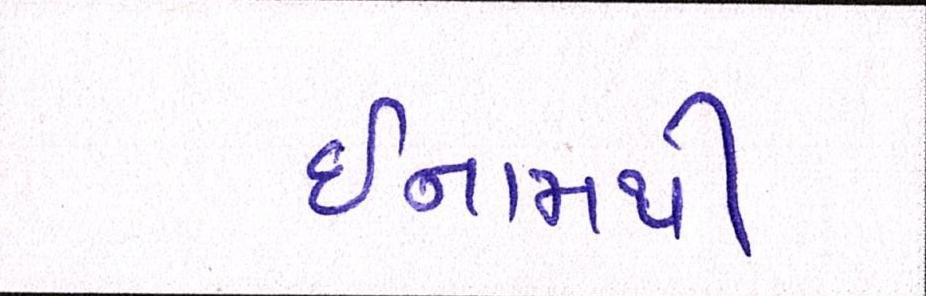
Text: ઈનામથી